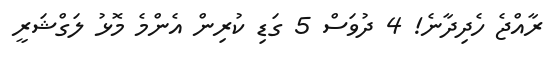
ރާއްޖެ ހެދިދާނެ! 4 ދުވަސް 5 ގަޑި ކުރިން އެންމެ މޮޅު ލަގްޝަރީ